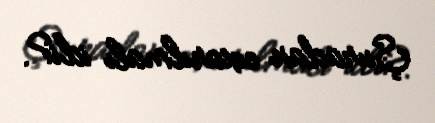
Şuradan cıxarılmalı idi?.